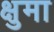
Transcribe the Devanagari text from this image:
क्षुमा